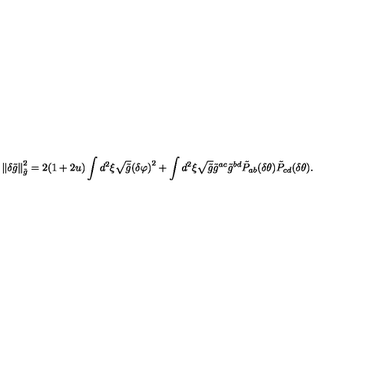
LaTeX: \left\| \delta \tilde { g } \right\| _ { \tilde { g } } ^ { 2 } = 2 ( 1 + 2 u ) \int { d ^ { 2 } } \xi \sqrt { \tilde { g } } { { ( \delta \varphi ) } ^ { 2 } } + \int { d ^ { 2 } } \xi \sqrt { \tilde { g } } { \tilde { g } ^ { a c } } { \tilde { g } ^ { b d } } { \tilde { P } _ { a b } } ( \delta \theta ) { \tilde { P } _ { c d } } ( \delta \theta ) .